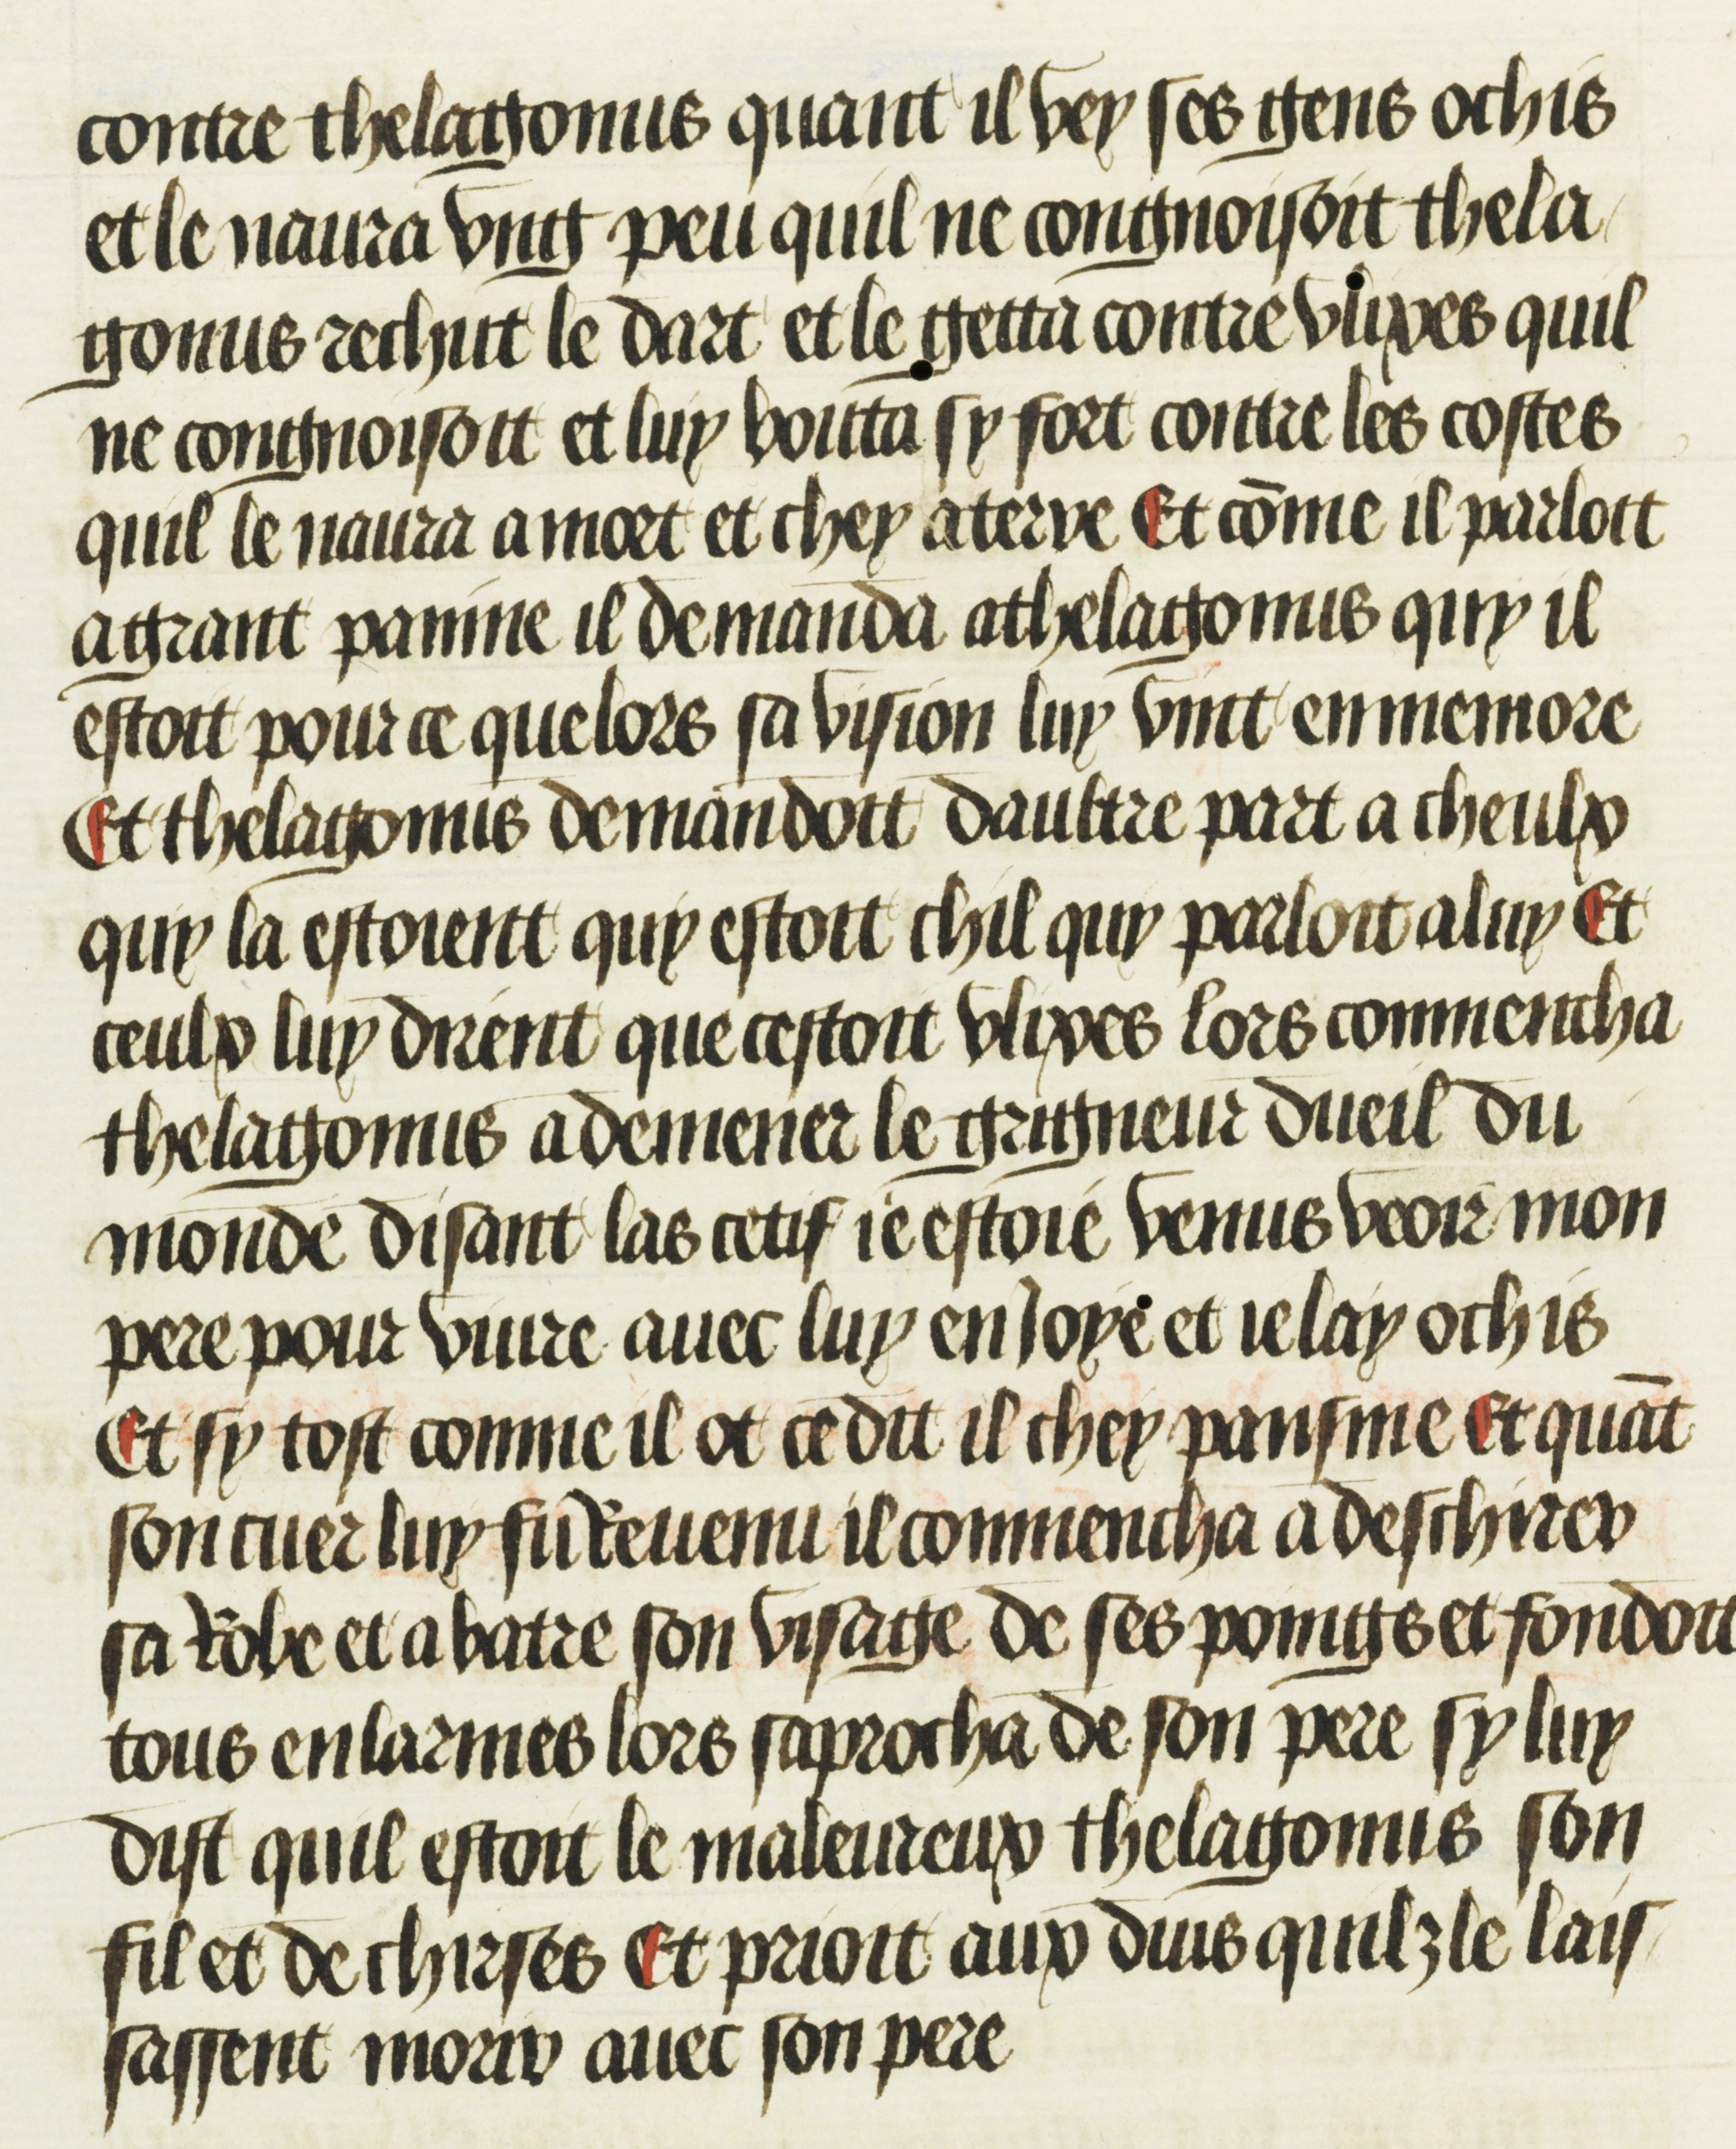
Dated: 1469–1469